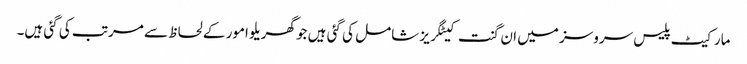
مارکیٹ پلیس سروسز میں ان گنت کیٹگریز شامل کی گئی ہیں جو گھریلو امور کے لحاظ سے مرتب کی گئی ہیں۔